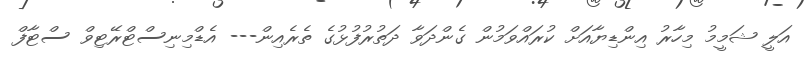
އަލީ ޝަމީމު މިހާރު އިންޑިޔާއަށް ކުރައްވަމުން ގެންދަވާ ދަތުރުފުޅުގެ ތެރެއިން--- އެޑްމިނިސްޓްރޭޓިވް ސްޓާފް